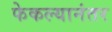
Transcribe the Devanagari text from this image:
फेकल्यानंतर